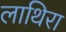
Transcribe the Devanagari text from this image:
लाथिरा